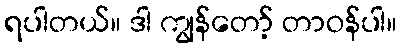
ရပါတယ်။ ဒါ ကျွန်တော့် တာဝန်ပါ။